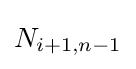
N_{i+1,n-1}